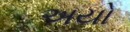
અયો